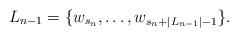
LaTeX: \begin{align*}L_{n-1}=\{w_{s_n},\dots,w_{s_n+|L_{n-1}|-1}\}. \end{align*}